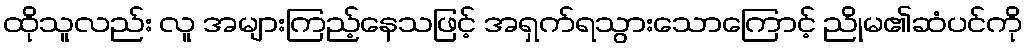
ထိုသူလည်း လူ အများကြည့်နေသဖြင့် အရှက်ရသွားသောကြောင့် ညိုမ၏ဆံပင်ကို